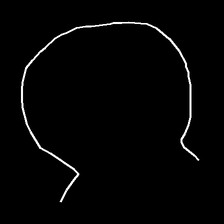
Glyph: weave